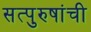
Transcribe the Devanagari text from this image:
सत्‍पुरुषांची